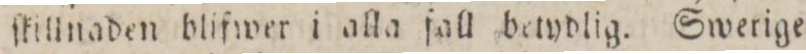
ſkillnaden blifwer i alla fall betydlig. Swerige